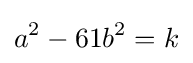
a^{2}-61b^{2}=k